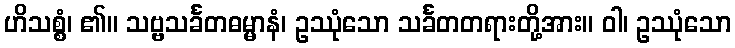
ဟိသစ္စံ၊ ၏။ သဗ္ဗသင်္ခတဓမ္မာနံ၊ ဥဿုံသော သင်္ခတတရားတို့အား။ ဝါ၊ ဥဿုံသော